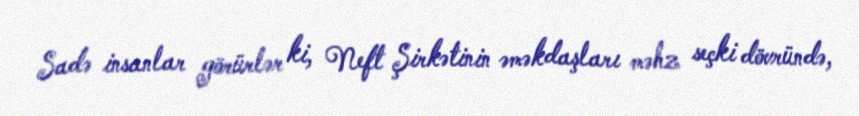
Sadə insanlar görürlər ki, Neft Şirkətinin əməkdaşları məhz seçki dövründə,